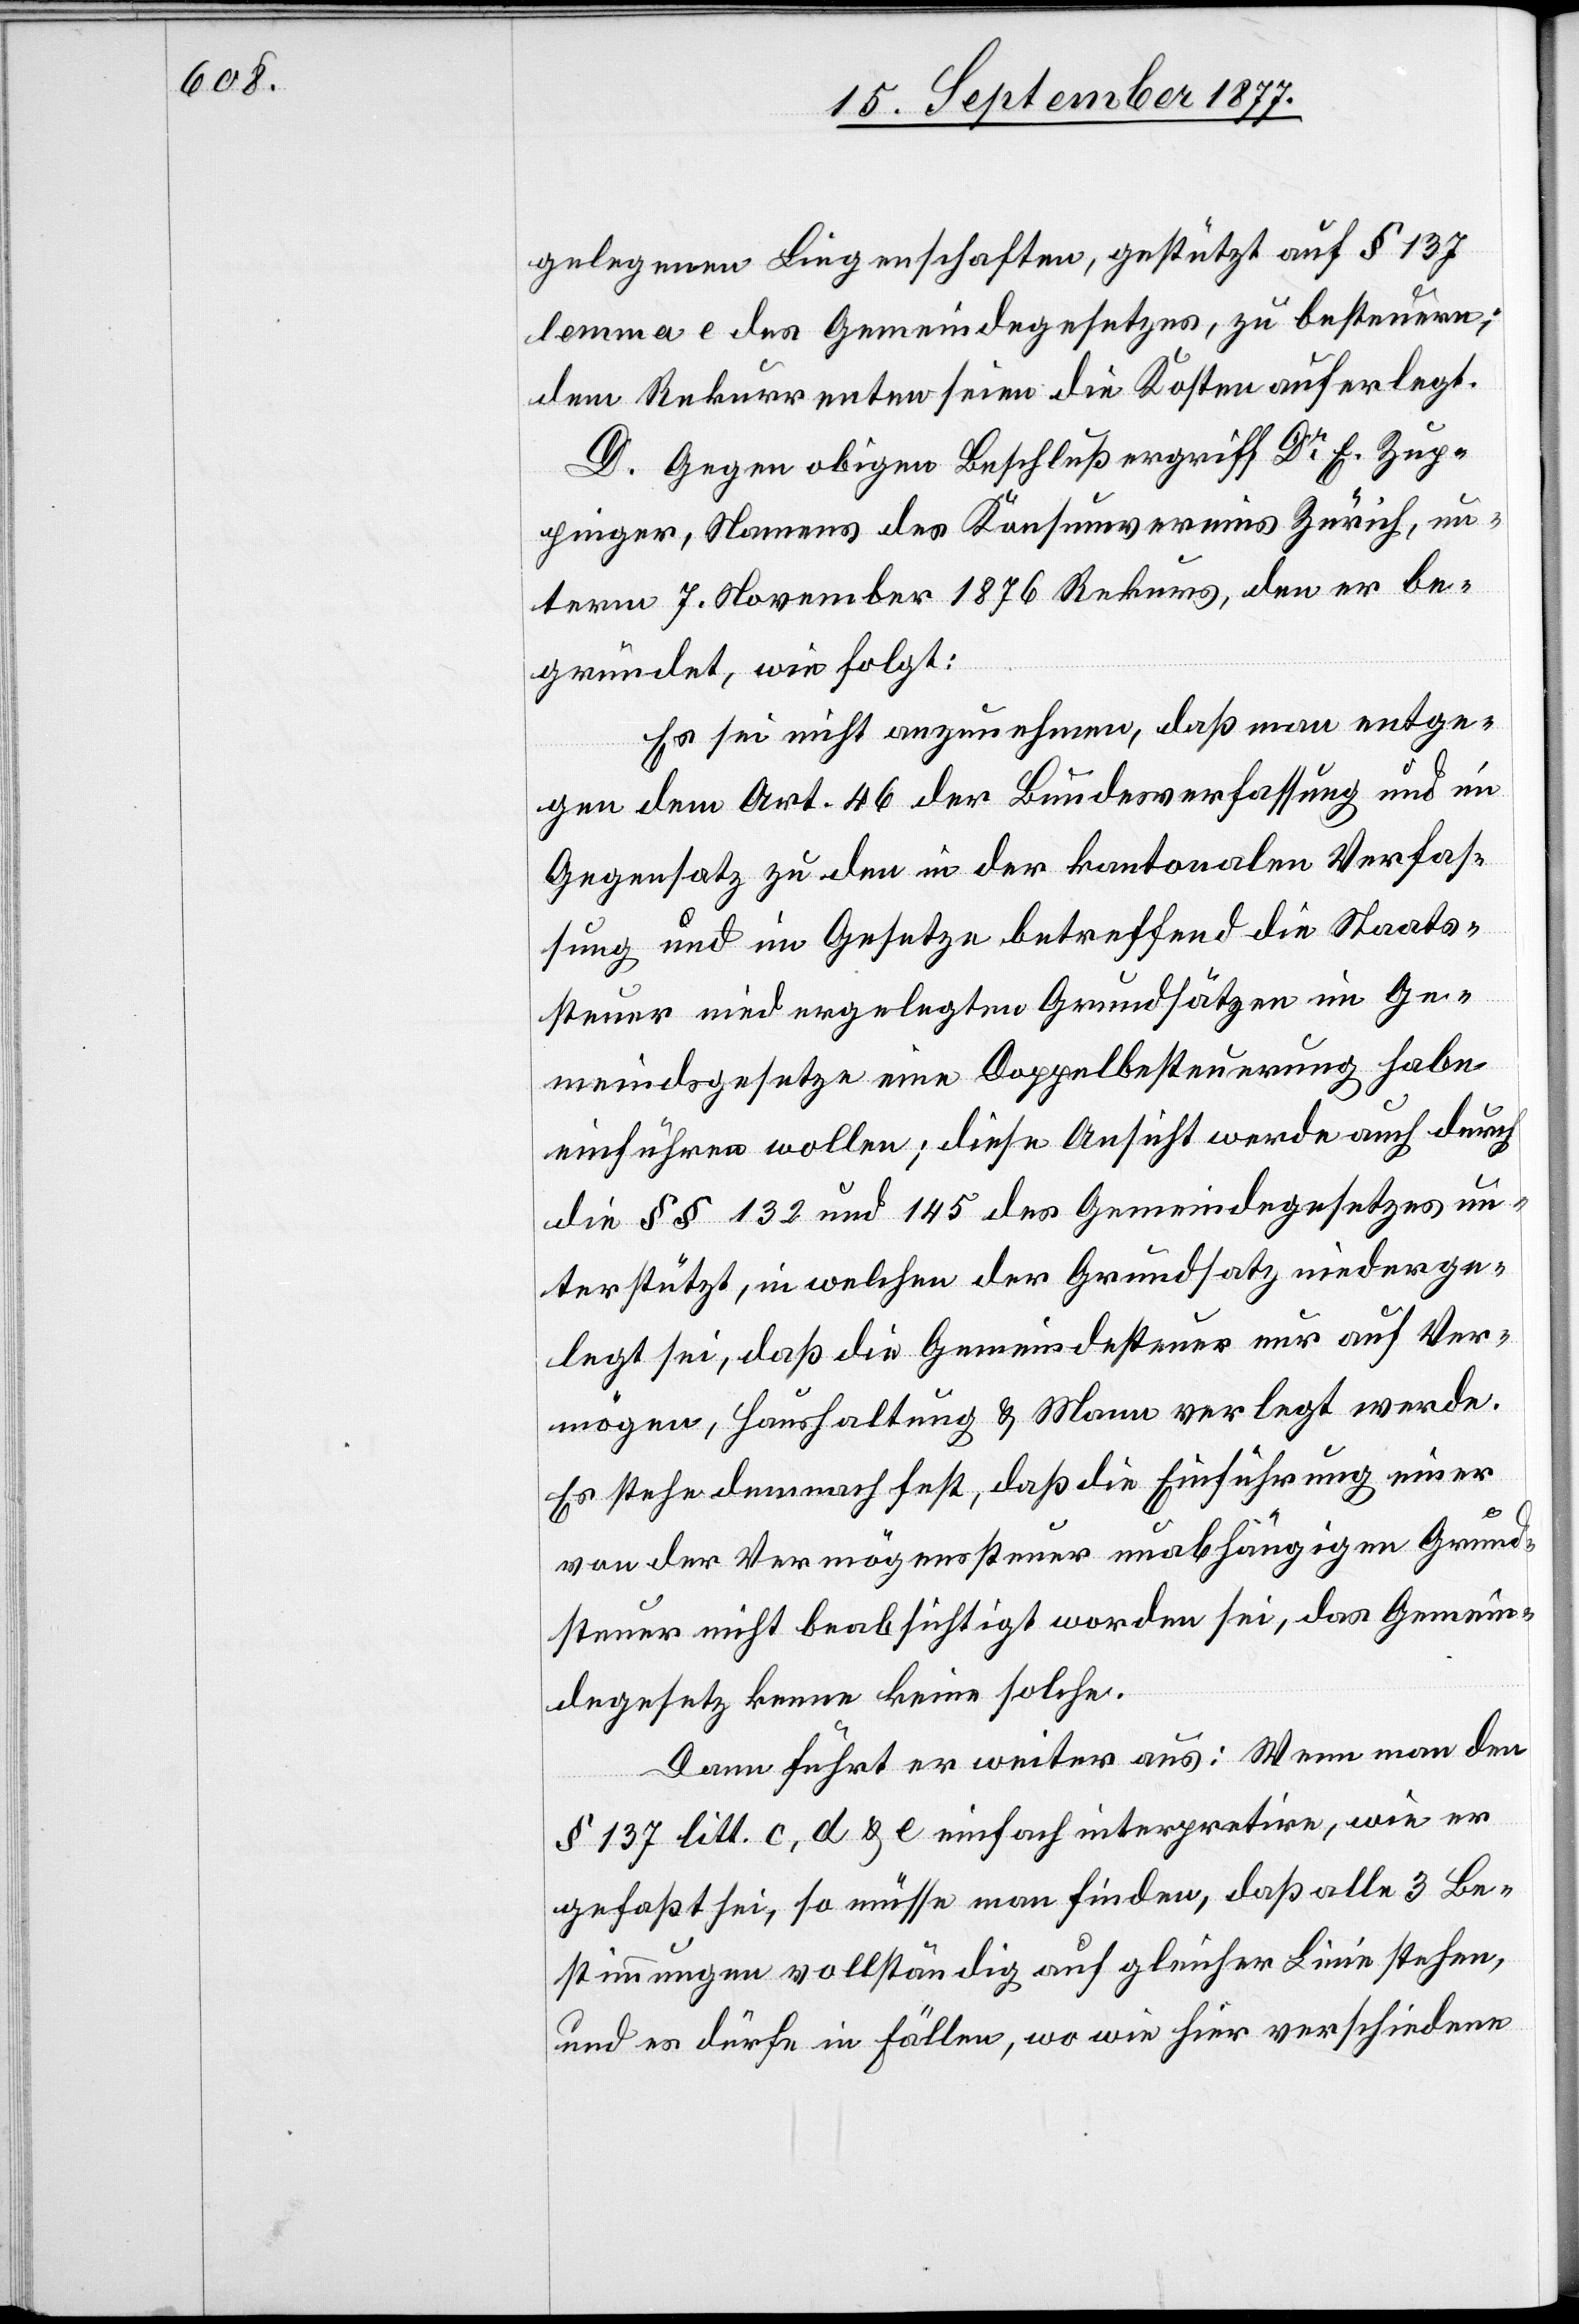
gelegenen Liegenschaften, gestützt auf § 137
lemma e des Gemeindegesetzes, zu besteuern;
dem Rekurrenten seien die Kosten auferlegt.
D. Gegen obigen Beschluß ergriff Dr E. Zup¬
pinger, Namens des Konsumvereins Zürich, un¬
term 7. November 1876 Rekurs, den er be¬
gründet, wie folgt:
Es sei nicht anzunehmen, daß man entge¬
gen dem Art. 46 der Bundesverfassung und im
Gegensatz zu den in der kantonalen Verfas¬
sung und im Gesetze betreffend die Staats¬
steuer niedergelegten Grundsätzen im Ge¬
meindsgesetze eine Doppelbesteuerung habe
einführen wollen; diese Ansicht werde auch durch
die §§ 132 und 145 des Gemeindegesetzes un¬
terstützt, in welchen der Grundsatz niederge¬
legt sei, daß die Gemeindesteuer nur auf Ver¬
mögen, Haushaltung & Mann verlegt werde.
Es stehe demnach fest, daß die Einführung einer
von der Vermögenssteuer unabhängigen Grund¬
steuer nicht beabsichtigt worden sei, das Gemein¬
degesetz kenne keine solche.
Dann führt er weiter aus: Wenn man den
§ 137 litt. c, d & e einfach interpretire, wie er
gefaßt sei, so müsse man finden, daß alle 3 Be¬
stimmungen vollständig auf gleicher Linie stehen,
und es dürfe in Fällen, wo wie hier verschiedene